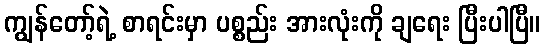
ကျွန်တော့်ရဲ့ စာရင်းမှာ ပစ္စည်း အားလုံးကို ချရေး ပြီးပါပြီ။